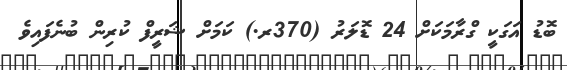
ބޮޑު އަގަކީ ގްރާމަކަށް 24 ޑޮލަރު (370ރ.) ކަމަށް ޝަރީފް ކުރިން ބުނެފައިވެ